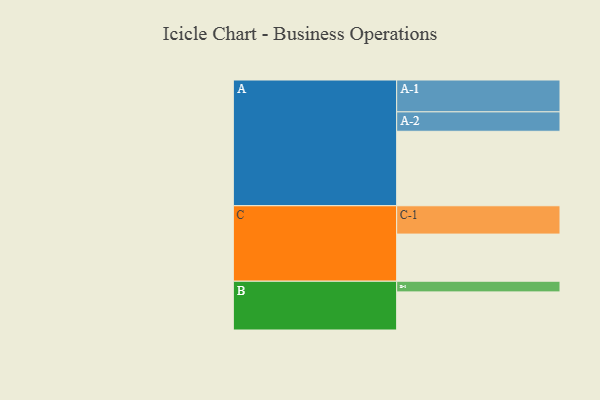
{"axis": {"x": "Segment", "y": "Value"}, "legend": ["", "A", "B", "C"], "data": [{"x": "A", "y": 594, "type": ""}, {"x": "B", "y": 304, "type": ""}, {"x": "C", "y": 376, "type": ""}, {"x": "A-1", "y": 254, "type": "A"}, {"x": "A-2", "y": 155, "type": "A"}, {"x": "B-1", "y": 85, "type": "B"}, {"x": "C-1", "y": 226, "type": "C"}]}